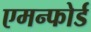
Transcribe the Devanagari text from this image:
एमन्फोर्ड